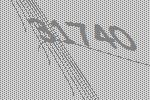
31740